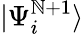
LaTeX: |\Psi_{i}^{\mathbb{N}+1}\rangle